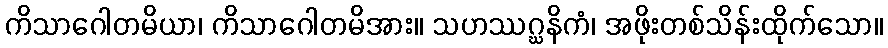
ကိသာဂေါတမိယာ၊ ကိသာဂေါတမိအား။ သဟဿဂ္ဃနိကံ၊ အဖိုးတစ်သိန်းထိုက်သော။